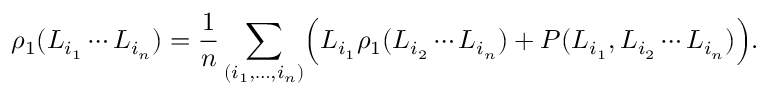
\rho _ { 1 } ( L _ { i _ { 1 } } \cdots L _ { i _ { n } } ) = { \frac { 1 } { n } } \sum _ { ( i _ { 1 } , \ldots , i _ { n } ) } \Bigl ( L _ { i _ { 1 } } \rho _ { 1 } ( L _ { i _ { 2 } } \cdots L _ { i _ { n } } ) + P ( L _ { i _ { 1 } } , L _ { i _ { 2 } } \cdots L _ { i _ { n } } ) \Bigr ) .